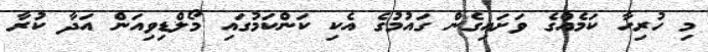
މި ހުރިހާ ކަމެއްގެ ވަށައިގެން ގައުމުގެ އެކި ކަންކަމުގައި މޯލްޑިވިއަން އަދާ ކުރާ